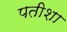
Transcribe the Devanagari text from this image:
पतीशा